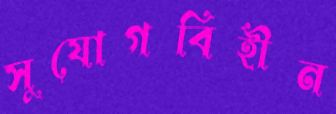
সুযোগবিহীন